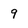
Character: 9